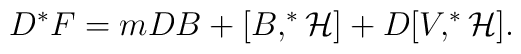
D^{*}F=mDB+[B,^{*}{\cal H]}+D[V,^{*}{\cal H}].